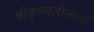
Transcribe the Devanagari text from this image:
श्रीकृष्णलीलाओं